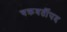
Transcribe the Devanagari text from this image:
चक्रवर्तीपद